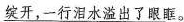
\underline{绽开，一行泪水溢出了眼眶。}